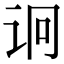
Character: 诇